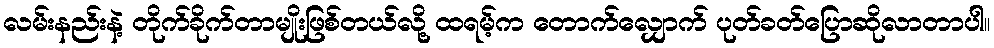
လမ်းနည်းနဲ့ တိုက်ခိုက်တာမျိုးဖြစ်တယ်လို့ ထရမ့်က တောက်လျှောက် ပုတ်ခတ်ပြောဆိုလာတာပါ။